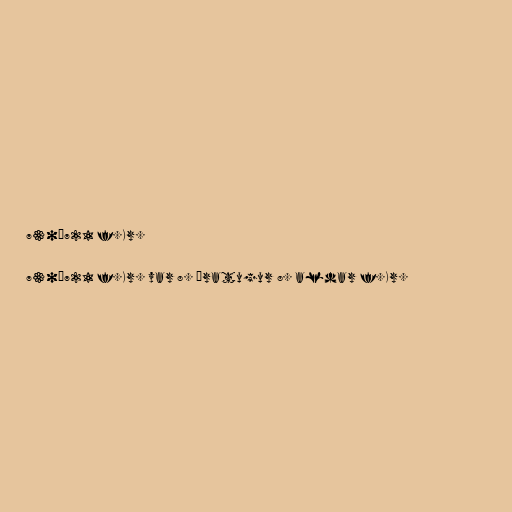
730–721 f.Kr.

730–721 f.Kr. var 8. áratugur 8. aldar f.Kr.